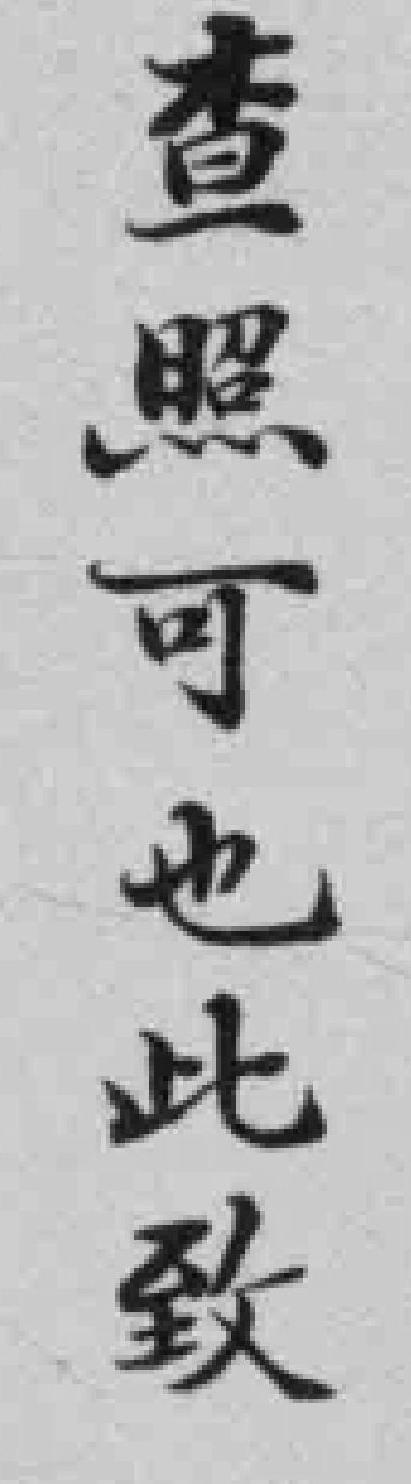
查照可也此致